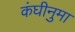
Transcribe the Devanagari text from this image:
कंघीनुमा